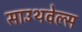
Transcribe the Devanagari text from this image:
साउथवेल्स